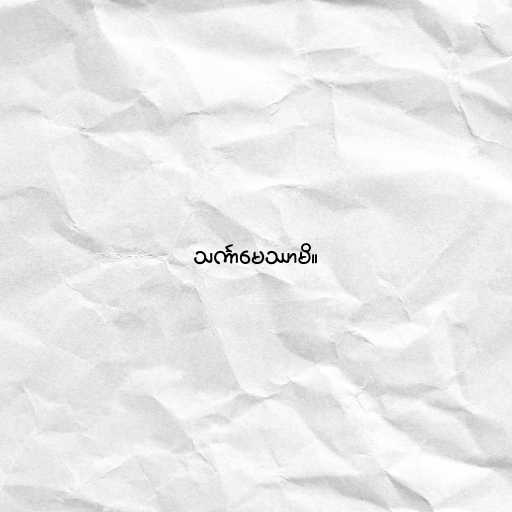
သင်္ကာမေဿာမိ။